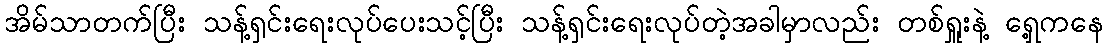
အိမ်သာတက်ပြီး သန့်ရှင်းရေးလုပ်ပေးသင့်ပြီး သန့်ရှင်းရေးလုပ်တဲ့အခါမှာလည်း တစ်ရှူးနဲ့ ရှေ့ကနေ